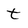
Character: t